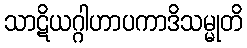
သာဋိယဂ္ဂါဟာပကာဒိသမ္မုတိ